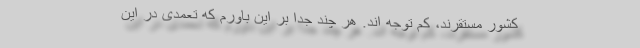
کشور مستقرند، کم توجه اند. هر چند جداً بر این باورم که تعمدی در این